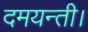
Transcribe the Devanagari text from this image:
दमयन्ती।